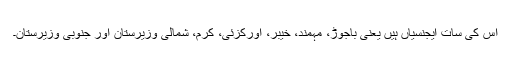
اس کی سات ایجنسیاں ہیں یعنی باجوڑ، مہمند، خیبر، اورکزئی، کرم، شمالی وزیرستان اور جنوبی وزیرستان۔